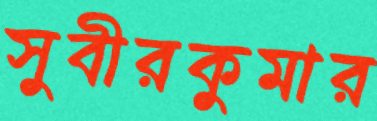
সুবীরকুমার